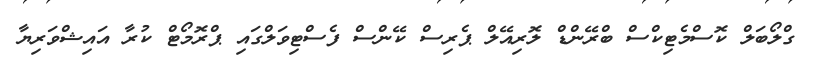
ގްލޯބަލް ކޮސްމެޓިކްސް ބްރޭންޑް ލޮރިއޭލް ޕެރިސް ކޭންސް ފެސްޓިވަލްގައި ޕްރޮމޯޓް ކުރާ އައިޝްވަރިޔާ